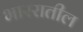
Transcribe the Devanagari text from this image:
भाररातील